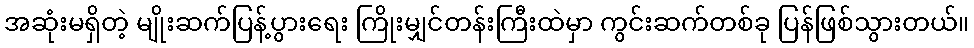
အဆုံးမရှိတဲ့ မျိုးဆက်ပြန့်ပွားရေး ကြိုးမျှင်တန်းကြီးထဲမှာ ကွင်းဆက်တစ်ခု ပြန်ဖြစ်သွားတယ်။